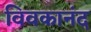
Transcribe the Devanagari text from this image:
विवकानंद